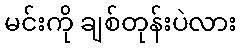
မင်းကို ချစ်တုန်းပဲလား